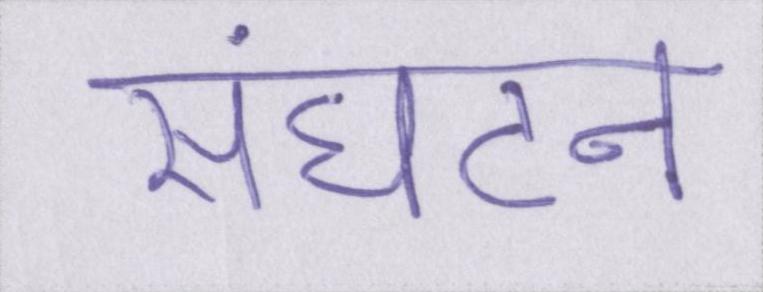
संघटन